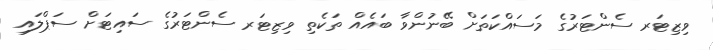
ވިޒިޓަރ ސެންޓަރުގެ މަސައްކަތަށް ބޭނުންވާ ބައެއް ތަކެތި ވިޒިޓަރ ސެންޓަރުގެ ސައިޓަށް ސަޕްލައި